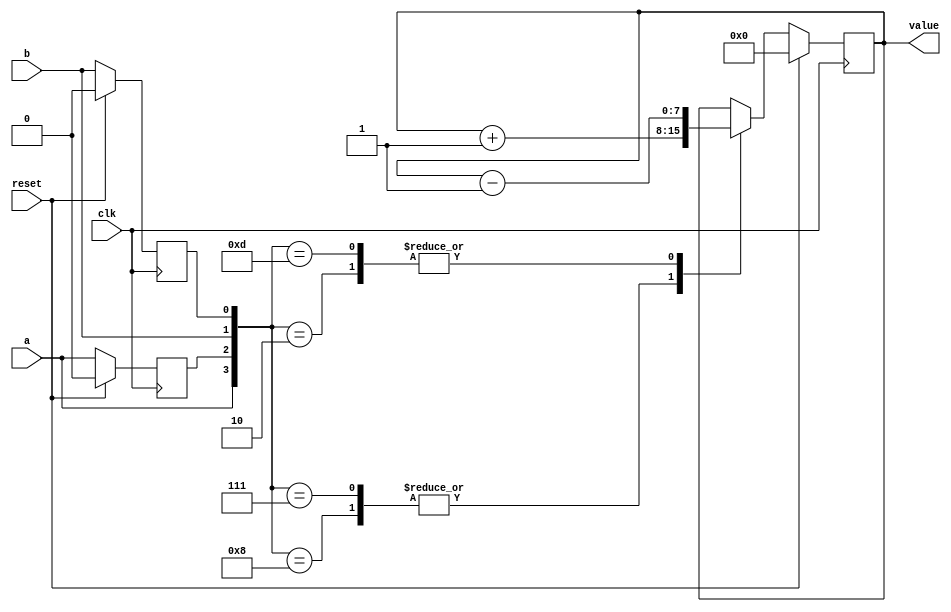
`default_nettype none
`timescale 1ns/1ns
module encoder (
    input clk,
    input reset,
    input a,
    input b,
    output reg [7:0] value
);

    reg old_a, old_b;
    
    //Sets old values
    always @(posedge clk) begin
    	if(reset) begin
    		old_a <= 0;
    		old_b <= 0;
    		value <= 0;
    	end
    	else begin
    		old_a <= a;
    		old_b <= b;
    		
    		case({a,old_a,b,old_b})
    		   //8'b00001000: value <= value + 1;
    		   //8'b00000111: value <= value + 1;
    		   //8'b00000010: value <= value - 1;
    		   //8'b00001101: value <= value - 1;    
    		   4'b1000: value <= value + 1;
    		   4'b0111: value <= value + 1;
    		   4'b0010: value <= value - 1;
    		   4'b1101: value <= value - 1;    		
    		endcase
    	end
    end

endmodule